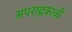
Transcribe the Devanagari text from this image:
अपराह्नकाळीं